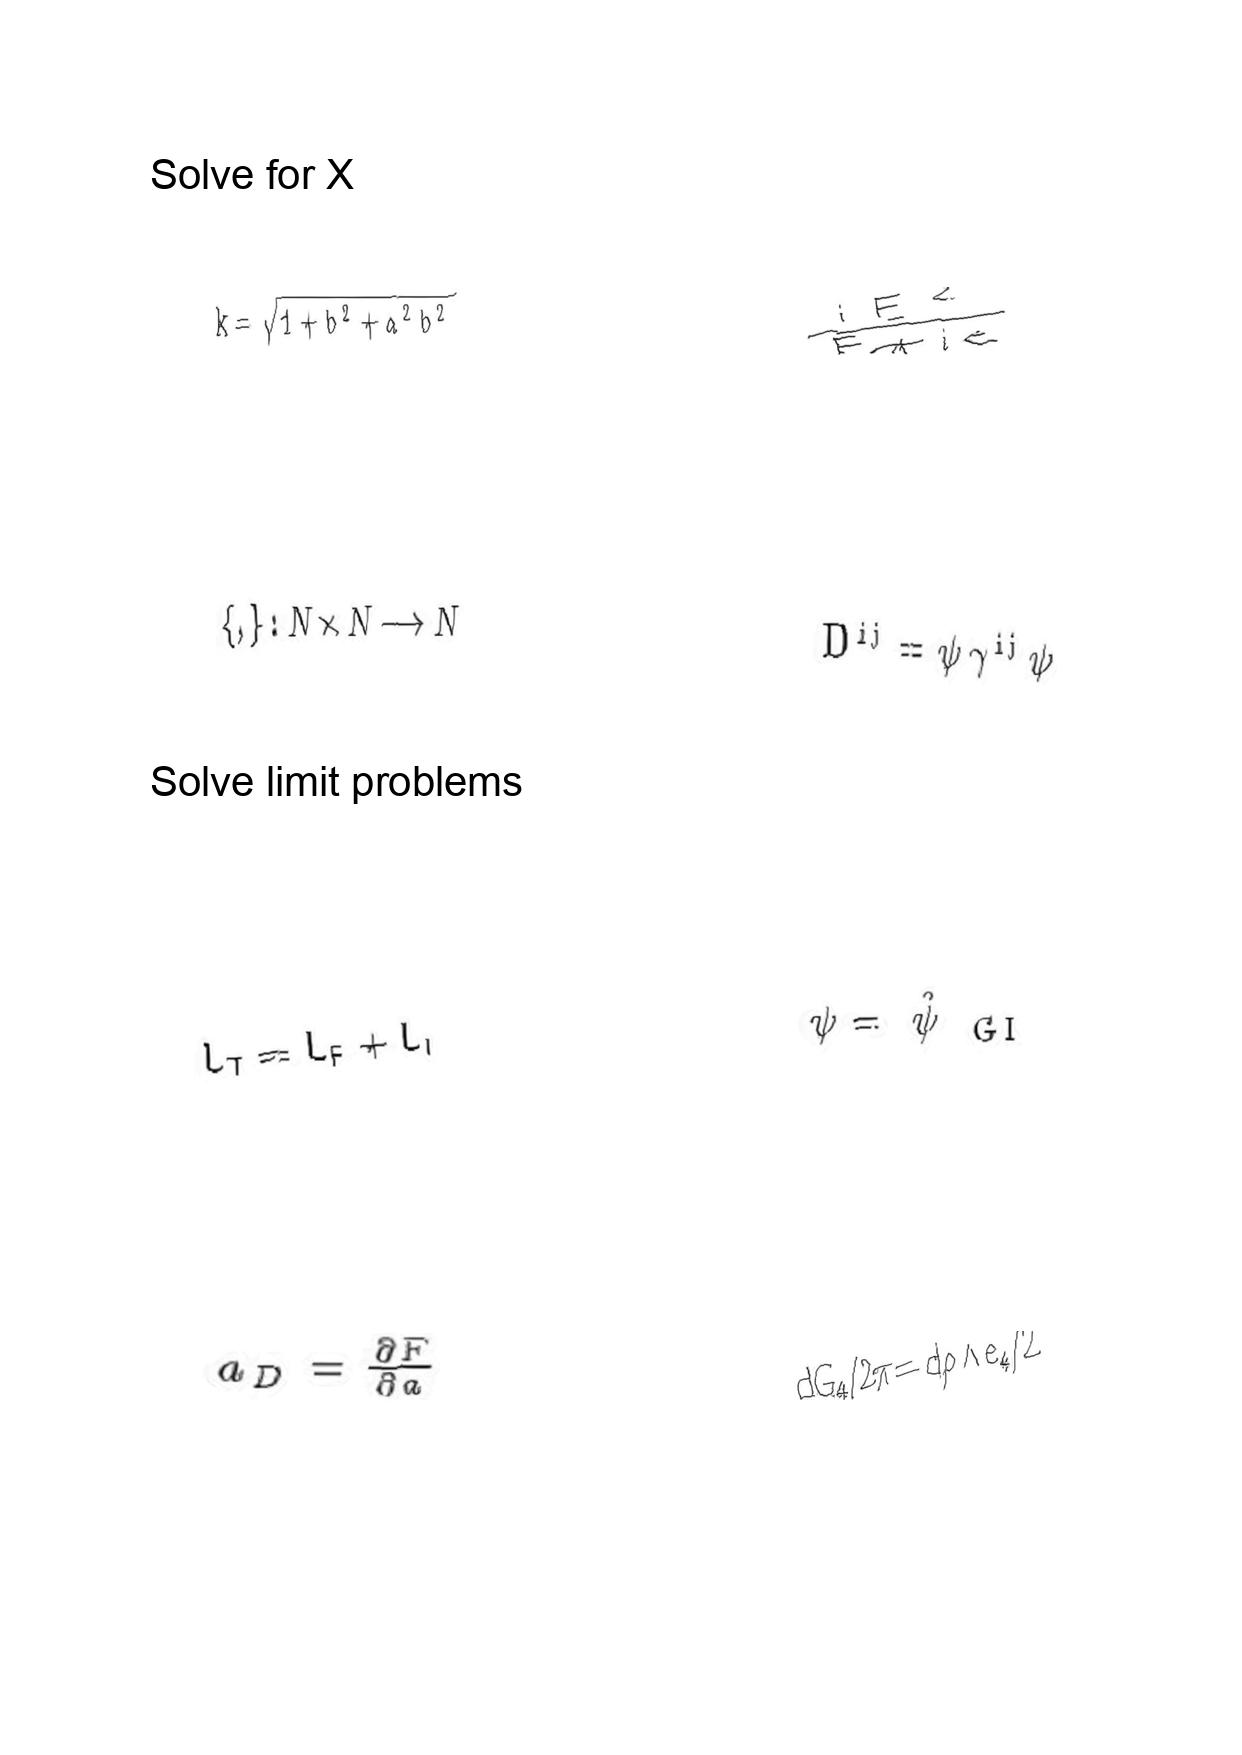
LaTeX transcription:
k = \sqrt { 1 + b ^ { 2 } + a ^ { 2 } b ^ { 2 } }
\lbrace , \rbrace : N \times N \longrightarrow N
L _ { T } = L _ { F } + L _ { I }
a _ { D } = \frac { \partial F } { \partial a }
\frac { i E ^ { 2 } } { F + i \epsilon }
D ^ { i j } = \psi \gamma ^ { i j } \psi
\psi = \hat { \psi } _ { \mathrm { \space G I } }
d G _ { 4 } / 2 \pi = d \rho \land e _ { 4 } / 2